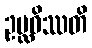
ဥပ္လဝိဿတိ